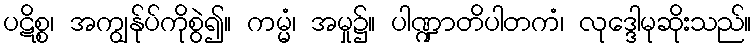
ပဋိစ္စ၊ အကျွန်ုပ်ကိုစွဲ၍။ ကမ္မံ၊ အမှု၌။ ပါဏ္ဍာတိပါတကံ၊ လုဒ္ဒေါမုဆိုးသည်။